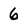
Character: 6